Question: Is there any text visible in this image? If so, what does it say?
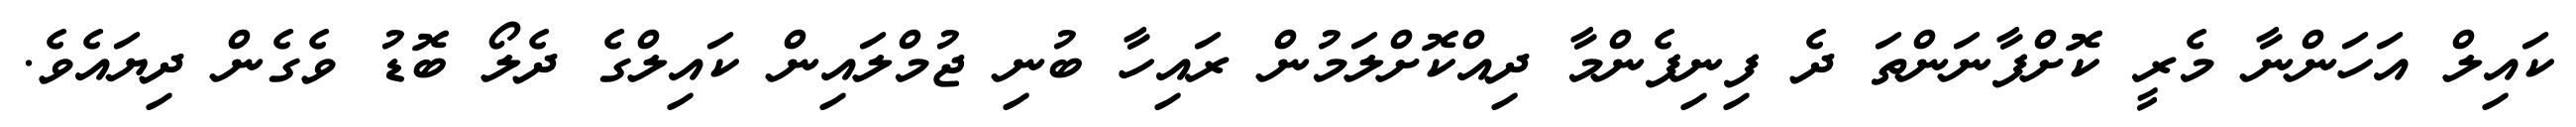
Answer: ކައިލް އަހަންނާ މެރީ ކޮށްފާނަންތަ ދެ ފިނިފެންމާ ދިއްކޮށްލަމުން ރައިހާ ބުނި ޖުމްލައިން ކައިލްގެ ދެލޯ ބޮޑު ވެގެން ދިޔައެވެ.